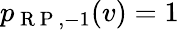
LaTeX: p_{\mathrm{~R~P~},-1}(v)=1